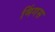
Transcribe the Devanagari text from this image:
मिंगस